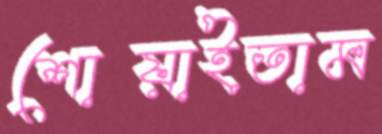
শোয়াইতাম